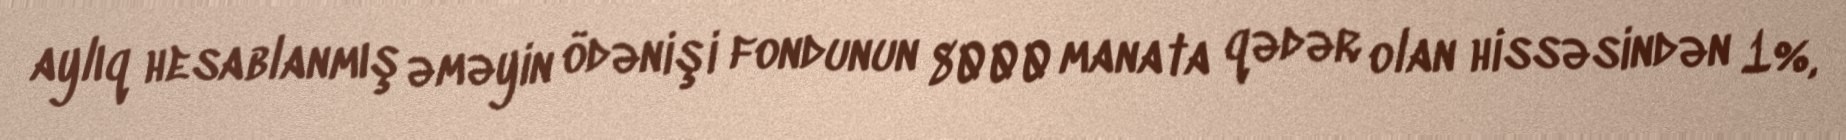
aylıq hesablanmış əməyin ödənişi fondunun 8000 manata qədər olan hissəsindən 1%,